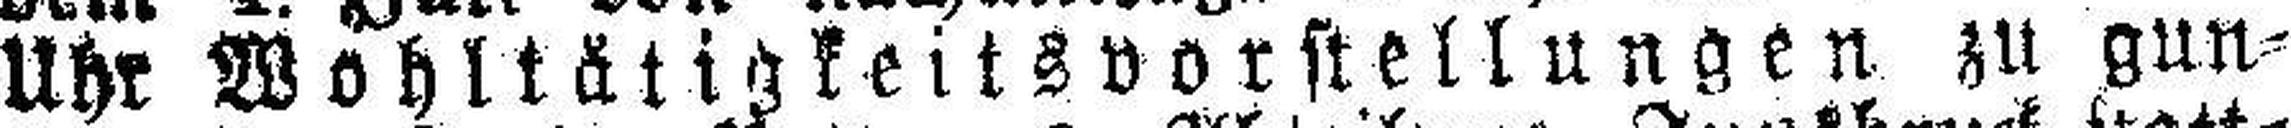
Uhr Wohltätigkeitsvorstellungen zu gun¬